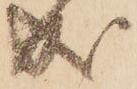
成